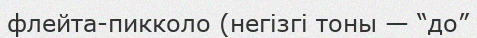
флейта-пикколо (негізгі тоны — “до”